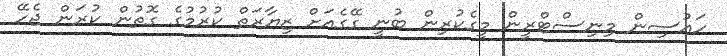
ހައުސިން މިނިސްޓްރީން މީގެކުރިން ބުނީ ގޭގެއަށް ޒިޔާރަތް ކުރުމުގެ ގޮތުން ކުރަން ޖެހޭ